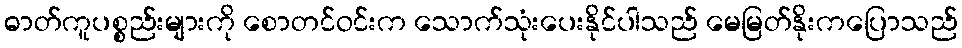
ဓာတ်ကူပစ္စည်းများကို စောတင်ဝင်းက သောက်သုံးပေးနိုင်ပါသည် မေမြတ်နိုးကပြောသည်